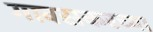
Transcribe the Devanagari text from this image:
गावसकरच्या